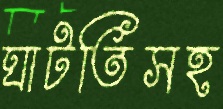
ঘাটতিসহ